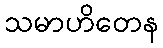
သမာဟိတေန